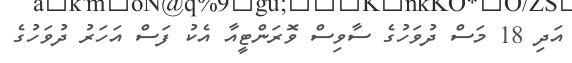
އަދި 18 މަސް ދުވަހުގެ ސާވިސް ވޮރަންޓީއާ އެކު ފަސް އަހަރު ދުވަހުގެ